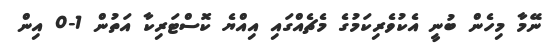
ނޭމާ މިހެން ބުނީ އެކުވެރިކަމުގެ މެޗެއްގައި އިއްޔެ ކޮސްޓަރިކާ އަތުން 1-0 އިން